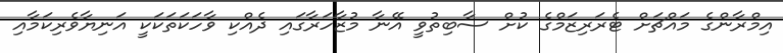
އިމްރާންގެ މައްޗަށް ޓެރަރިޒަމްގެ ކުށް ސާބިތުވީ އޭނާ މުޒާހަރާގައި ދެއްކި ވާހަކަތަކަކީ އަނިޔާވެރިކަމާއި